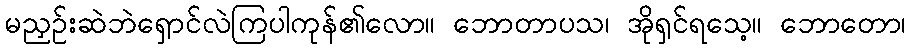
မညှဉ်းဆဲဘဲရှောင်လဲကြပါကုန်၏လော။ ဘောတာပသ၊ အိုရှင်ရသေ့။ ဘောတော၊